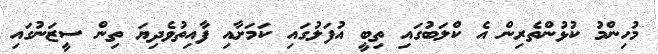
މުހިންމު ކުޅުންތެރިން އެ ކްލަބުގައި ތިބީ އުފަލުގައި ކަމަށާއި ފާއިތުވެދިޔަ ތިން ސީޒަނުގައި